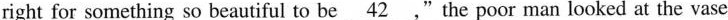
right for something so beautiful to be \underline{42} "the poor man looked at the vase